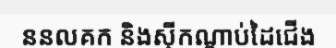
ននលគក និងស៊ីកណ្តាប់ដៃជើង